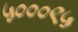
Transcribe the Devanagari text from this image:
५०००९५